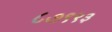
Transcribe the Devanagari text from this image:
८७९९३